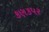
કણકપર